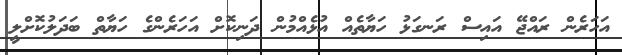
އަހަރެން ރައްޖޭ އައިސް ރަނގަޅު ހަޔާތެއް އުޅެއްމުން ދަނިކޮށް އަހަރެންގެ ހަޔާތް ބަދަލުކޮށްލީ